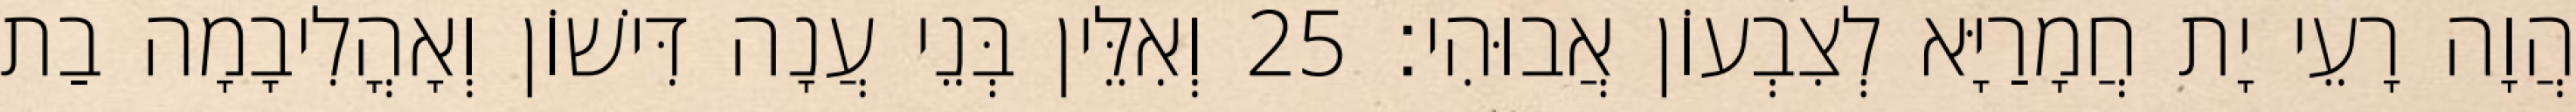
הֲוָה רָעֵי יָת חֲמָרַיָּא לְצִבְעוֹן אֲבוּהִי׃ 25 וְאִלֵּין בְּנֵי עֲנָה דִּישׁוֹן וְאָהֳלִיבָמָה בַת